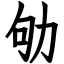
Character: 劬